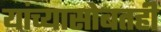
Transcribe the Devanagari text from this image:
यांच्यासोबतही